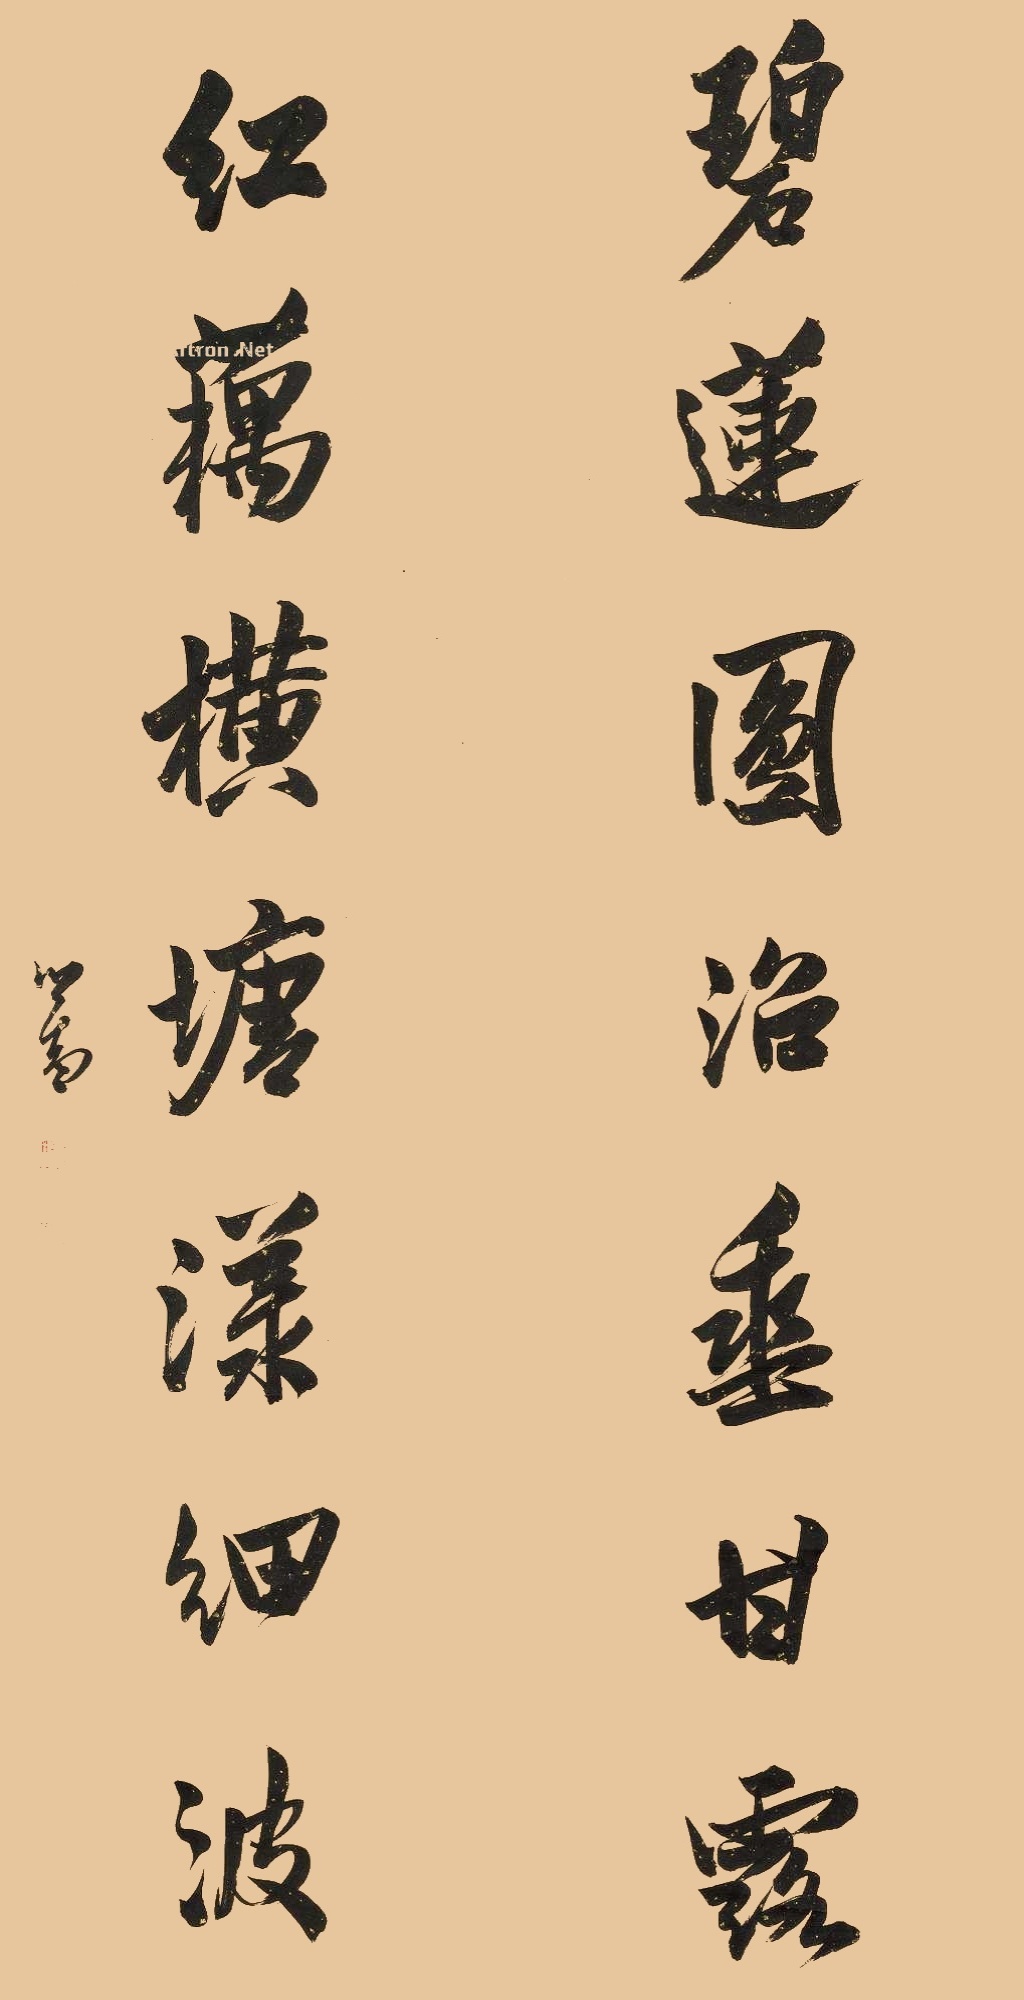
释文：碧莲圆沼垂甘露，红藕横塘漾细波。心畬。